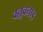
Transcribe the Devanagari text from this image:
वल्लूवनाड